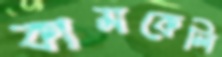
কামকেলি